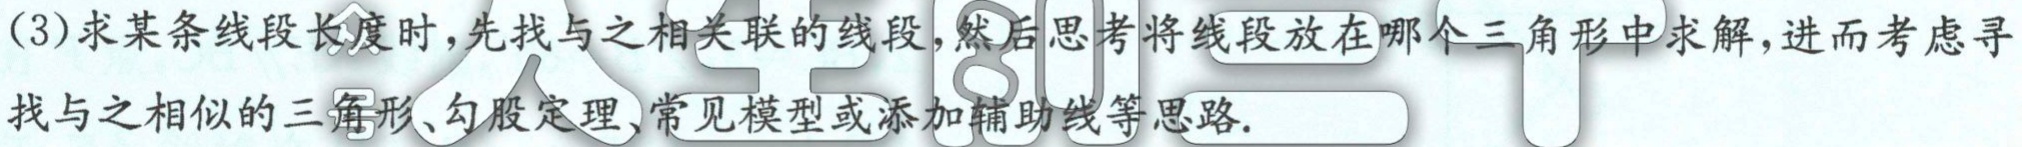
（3）求某条线段长度时，先找与之相关联的线段，然后思考将线段放在哪个三角形中求解，进而考虑寻找与之相似的三角形、勾股定理、常见模型或添加辅助线等思路.